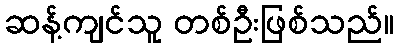
ဆန့်ကျင်သူ တစ်ဦးဖြစ်သည်။